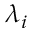
\lambda _ { i }